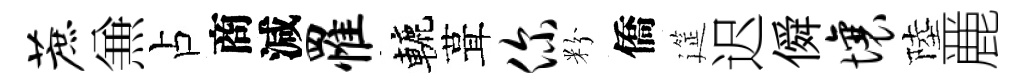
蔗𠔥占商減罹轆葺你粉僑筵迟僢壤陸䴡